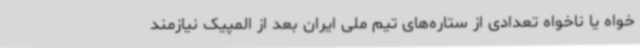
خواه یا ناخواه تعدادی از ستاره‌های تیم ملی ایران بعد از المپیک نیازمند